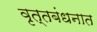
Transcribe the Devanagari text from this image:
वृत्तबंधनात